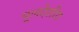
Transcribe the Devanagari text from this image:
मूलदेशीय